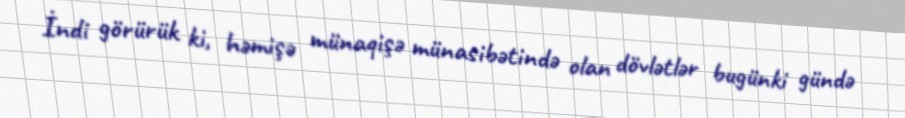
İndi görürük ki, həmişə münaqişə münasibətində olan dövlətlər bugünki gündə